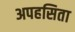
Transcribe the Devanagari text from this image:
अपहसिता